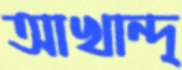
আখান্দ্